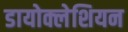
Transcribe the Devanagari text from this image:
डायोक्लेशियन